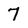
Character: 7